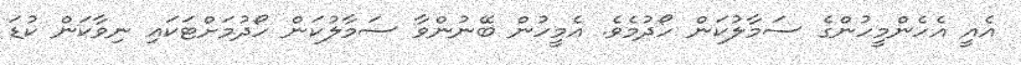
އެއީ އެހެންމީހުންގެ ސަމާލުކަން ހޯދުމެވެ. އެމީހުން ބޭނުންވާ ސަމާލުކަން ހޯދުމަށްޓަކައި ނިވާކަން ކުޑަ